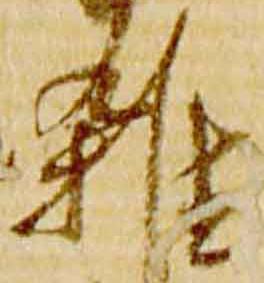
雑